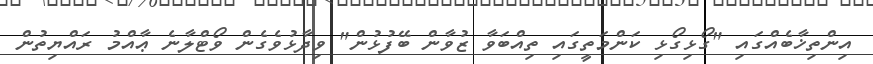
އިންތިޚާބެއްގައި "ގޯޅިގޯޅި ކަންމަތީގައި ތިއްބަވާ ޒުވާން ބޭފުޅުން" ވިދާޅުވެގެން ވޯޓްލާނެ ޢާއްމު ރައްޔިތުން